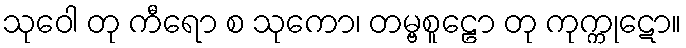
သုဝေါ တု ကီရော စ သုကော၊ တမ္ဗစူဠော တု ကုက္ကုဋော။